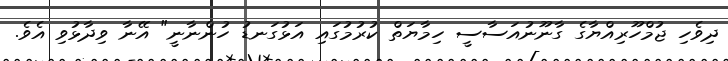
ދިވެހި ޖުމްހޫރިއްޔާގެ ގާނޫނުއަސާސީ ހިމާޔަތް ކުރުމުގައި އަޅުގަނޑު ހުންނާނީ" އޭނާ ވިދާޅުވި އެވެ.